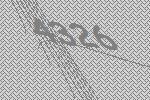
4326